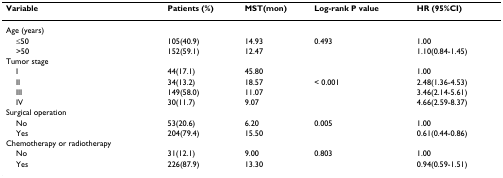
<table><thead><tr><td><b>Variable</b></td><td><b>Patients (%)</b></td><td><b>MST(mon)</b></td><td><b>Log-rank P value</b></td><td><b>HR (95%CI)</b></td></tr></thead><tbody><tr><td>Age (years)</td><td></td><td></td><td></td><td></td></tr><tr><td> ≤50</td><td>105(40.9)</td><td>14.93</td><td>0.493</td><td>1.00</td></tr><tr><td> &gt;50</td><td>152(59.1)</td><td>12.47</td><td></td><td>1.10(0.84-1.45)</td></tr><tr><td>Tumor stage</td><td></td><td></td><td></td><td></td></tr><tr><td> I</td><td>44(17.1)</td><td>45.80</td><td></td><td>1.00</td></tr><tr><td> II</td><td>34(13.2)</td><td>18.57</td><td>&lt; 0.001</td><td>2.48(1.36-4.53)</td></tr><tr><td> III</td><td>149(58.0)</td><td>11.07</td><td></td><td>3.46(2.14-5.61)</td></tr><tr><td> IV</td><td>30(11.7)</td><td>9.07</td><td></td><td>4.66(2.59-8.37)</td></tr><tr><td>Surgical operation</td><td></td><td></td><td></td><td></td></tr><tr><td> No</td><td>53(20.6)</td><td>6.20</td><td>0.005</td><td>1.00</td></tr><tr><td> Yes</td><td>204(79.4)</td><td>15.50</td><td></td><td>0.61(0.44-0.86)</td></tr><tr><td>Chemotherapy or radiotherapy</td><td></td><td></td><td></td><td></td></tr><tr><td> No</td><td>31(12.1)</td><td>9.00</td><td>0.803</td><td>1.00</td></tr><tr><td> Yes</td><td>226(87.9)</td><td>13.30</td><td></td><td>0.94(0.59-1.51)</td></tr></tbody></table>